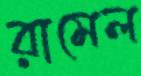
রামেল